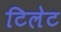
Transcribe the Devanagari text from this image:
टिलेट